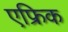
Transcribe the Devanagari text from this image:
एफ्रिक